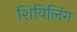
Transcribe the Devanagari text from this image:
शिविलिंग